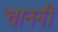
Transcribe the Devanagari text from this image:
चाननी